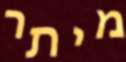
מיתר